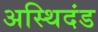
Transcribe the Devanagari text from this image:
अस्थिदंड